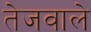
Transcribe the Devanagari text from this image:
तेजवाले